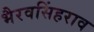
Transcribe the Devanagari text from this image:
भैरवसिंहराव